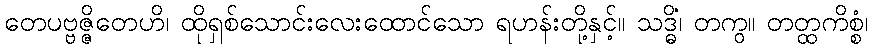
တေပဗ္ဗဇ္ဇိတေဟိ၊ ထိုရှစ်သောင်းလေးထောင်သော ရဟန်းတို့နှင့်။ သဒ္ဓိံ၊ တကွ။ တတ္ထကိစ္စံ၊